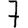
Digit: 7